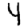
Digit: 4